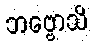
ဘဗ္ဗောသိ